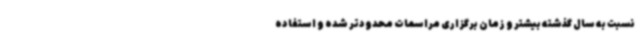
نسبت به سال گذشته بیشتر و زمان برگزاری مراسمات محدودتر شده و استفاده